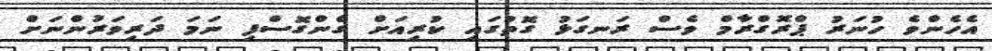
އެހެންވެ ހުނަރު ޕްރޮގްރާމް ވެސް ރަނގަޅު ގޮތުގައި ކުރިއަށް ގެންގޮސްފި ނަމަ ދަރިވަރުންނަށް